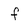
Character: f